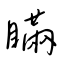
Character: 瞞